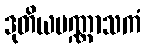
ဒုတိယပဏ္ဏာသကံ